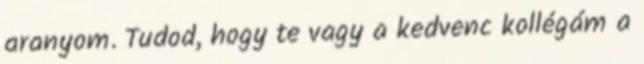
aranyom. Tudod, hogy te vagy a kedvenc kollégám a